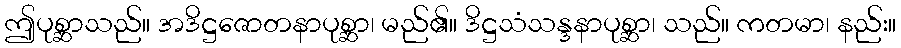
ဤပုစ္ဆာသည်။ အဒိဋ္ဌဇောတနာပုစ္ဆာ၊ မည်၏။ ဒိဋ္ဌသံသန္ဒနာပုစ္ဆာ၊ သည်။ ကတမာ၊ နည်း။